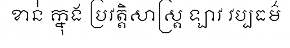
ខាន់់ ក្នុង ប្រវត្តិសាស្ត្រ ឡាវ វប្បធម៌